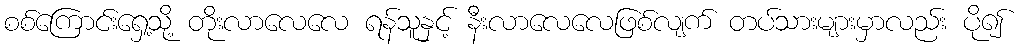
စစ်ကြောင်းရှေ့သို့ တိုးလာလေလေ ရန်သူနှင့် နီးလာလေလေဖြစ်လျက် တပ်သားများမှာလည်း ပို၍